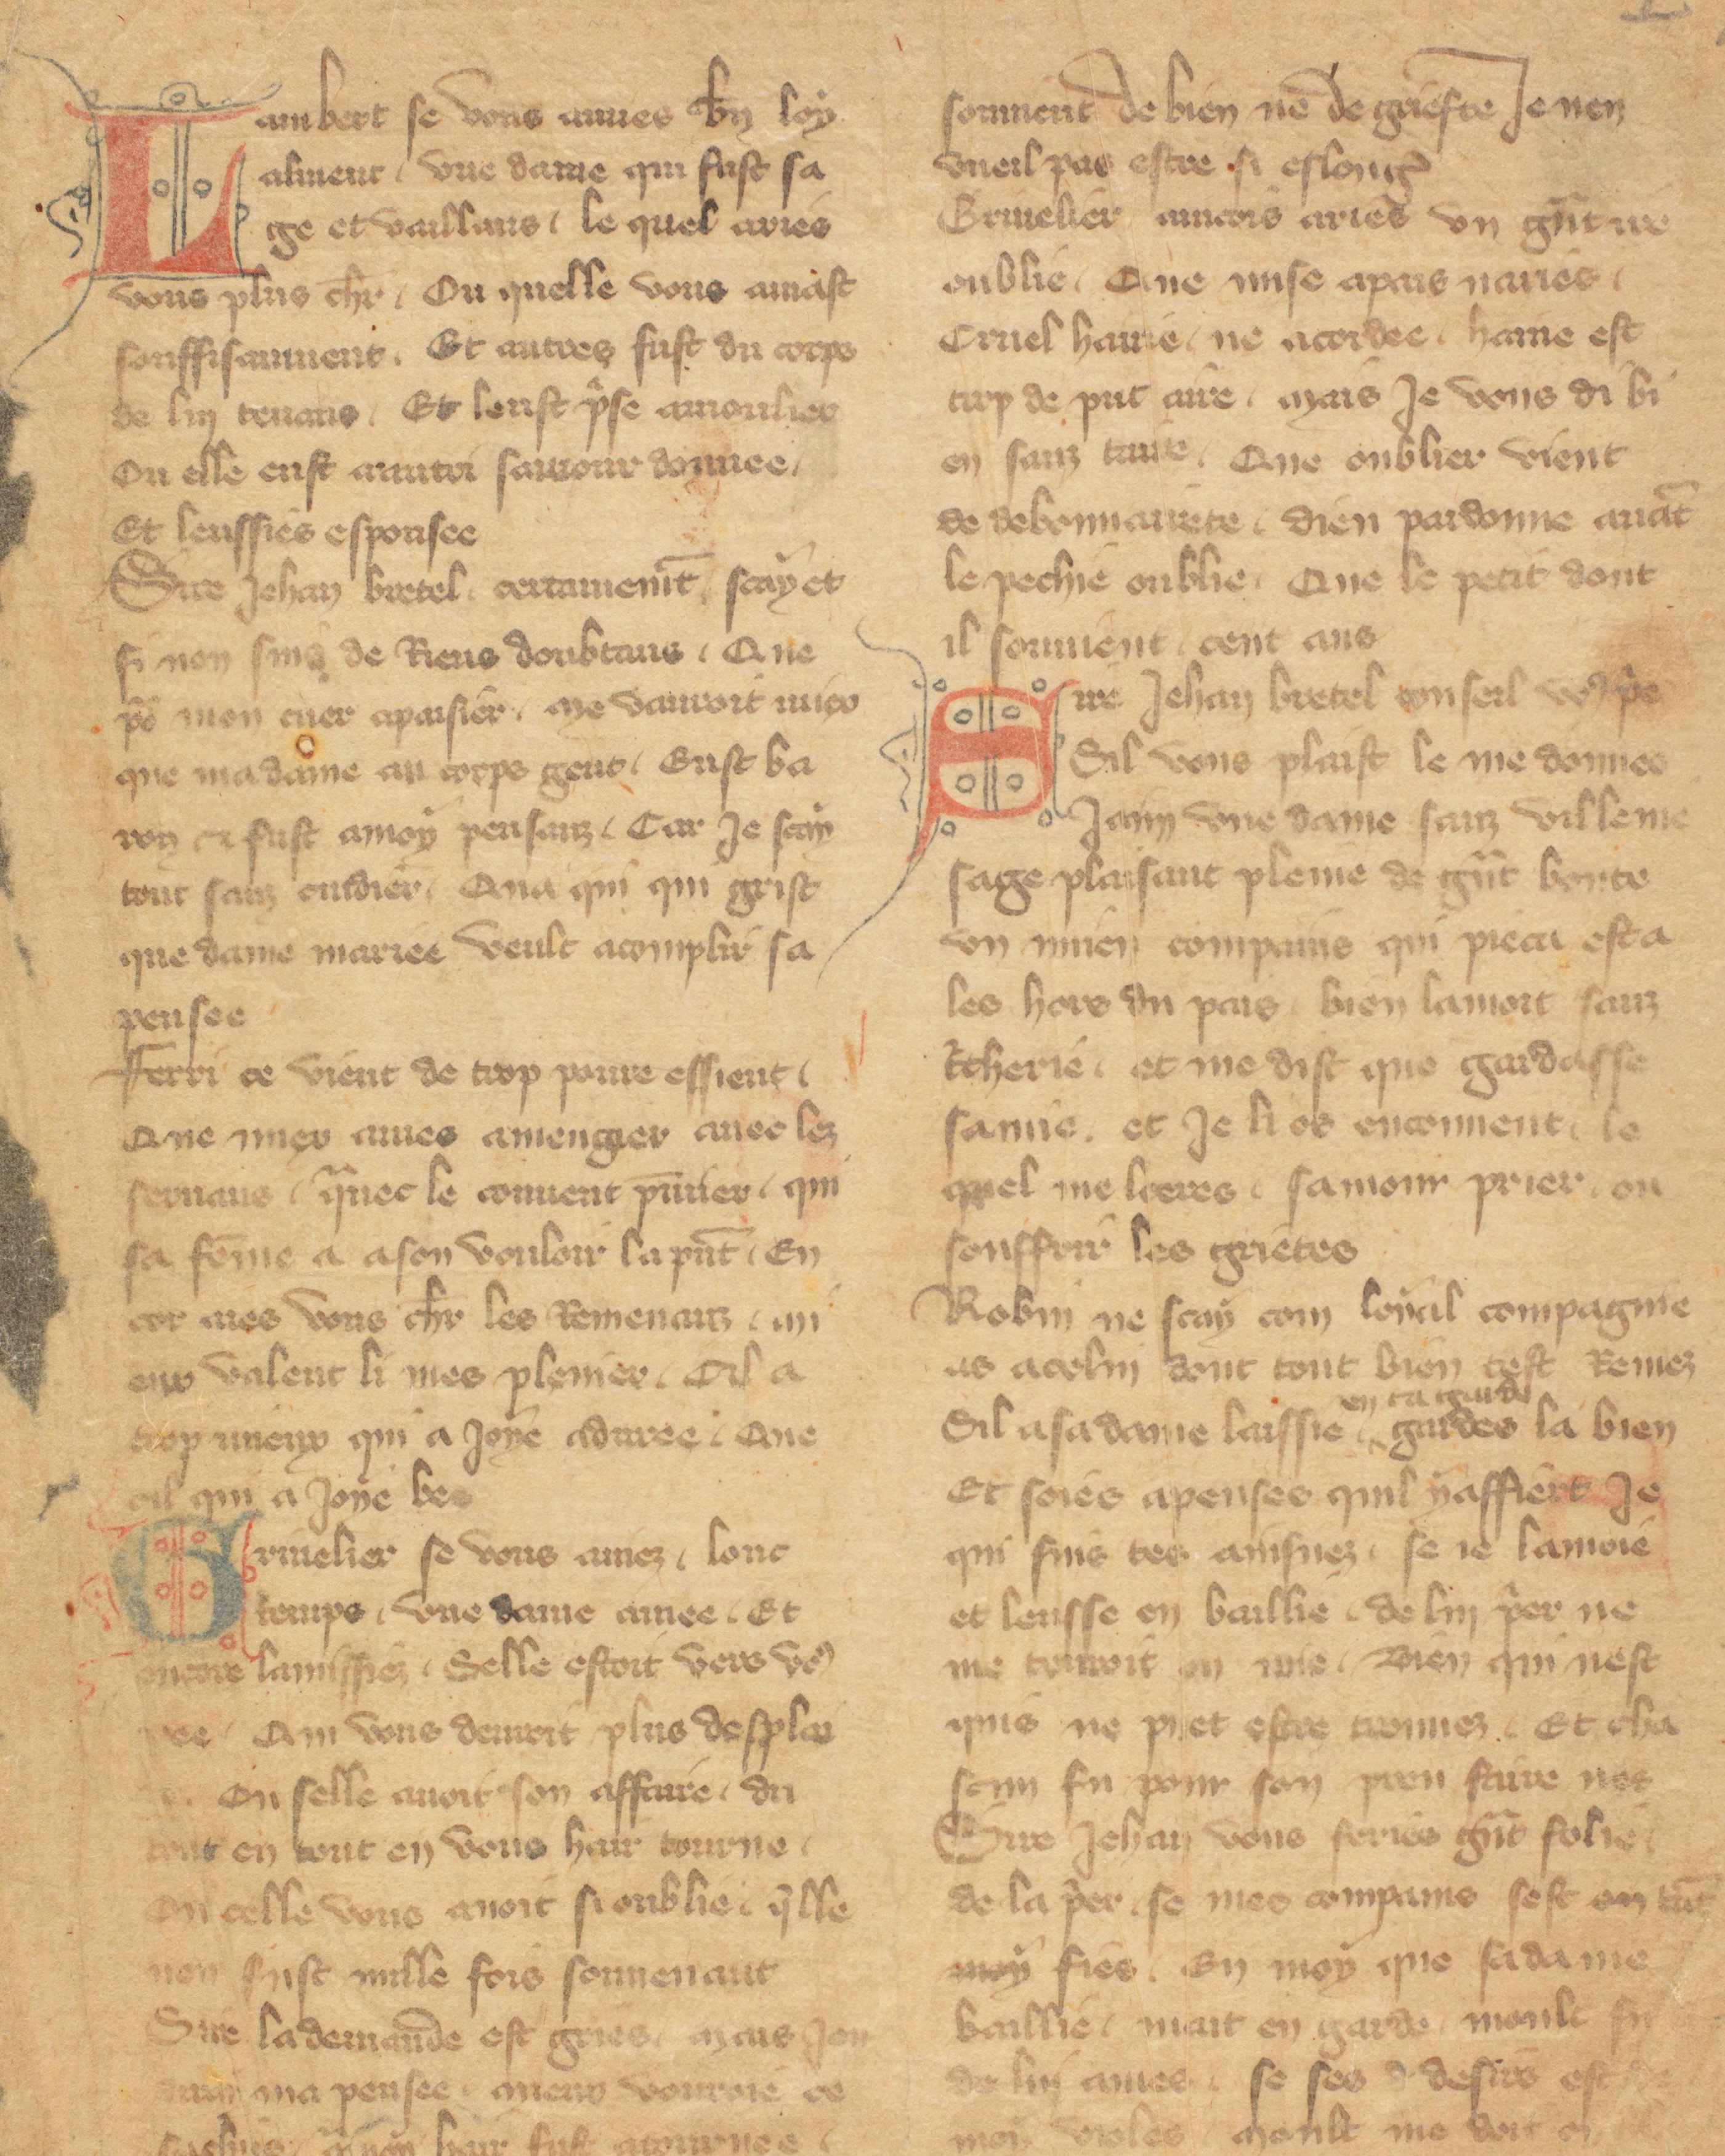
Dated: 1355–1395